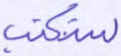
ستكتب